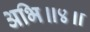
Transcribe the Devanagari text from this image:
अभि॥४॥